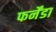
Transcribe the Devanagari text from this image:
फर्नेंडा